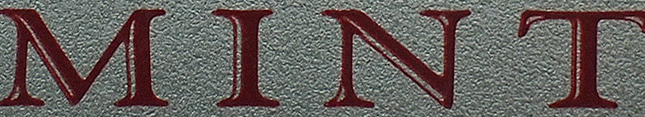
MINT